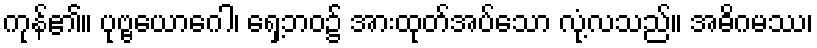
ကုန်၏။ ပုဗ္ဗယောဂေါ၊ ရှေ့ဘဝ၌ အားထုတ်အပ်သော လုံ့လသည်။ အဓိဂမဿ၊